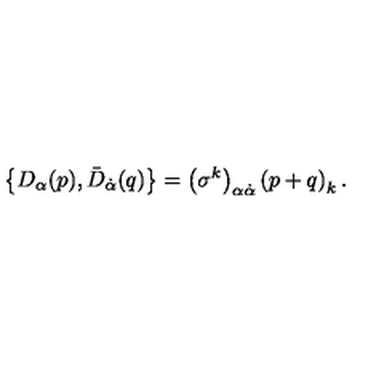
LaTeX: \left\{ D _ { \alpha } ( p ) , \bar { D } _ { \dot { \alpha } } ( q ) \right\} = \left( \sigma ^ { k } \right) _ { \alpha \dot { \alpha } } \left( p + q \right) _ { k } .